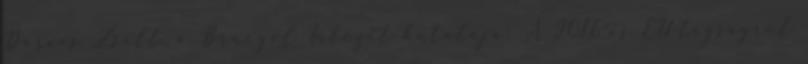
Darvas Zsolt, a Bruegel Intézet kutatója: A 2016-os EU-tagságról